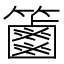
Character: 𥷠